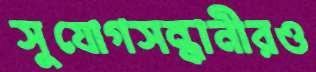
সুযোগসন্ধানীরও